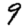
Digit: 9